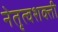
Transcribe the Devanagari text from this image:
नेतृत्वशक्ती